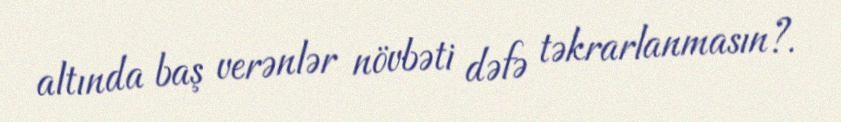
altında baş verənlər növbəti dəfə təkrarlanmasın?.